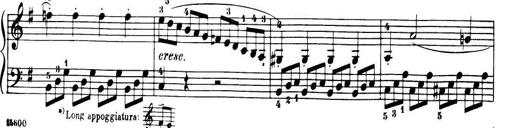
Title: 32 Sonatinas and Rondos for the Piano
Composer: Richard Kleinmichel